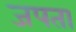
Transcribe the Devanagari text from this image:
जपता